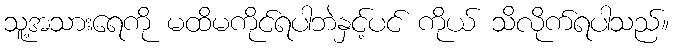
သူ့အသားရေကို မထိမကိုင်ရပါဘဲနှင့်ပင် ကိုယ် သိလိုက်ရပါသည်။